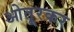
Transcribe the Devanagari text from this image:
ओतूरकर